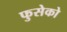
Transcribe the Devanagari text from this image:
फुसेको